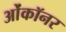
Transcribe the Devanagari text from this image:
ओंकॉनर